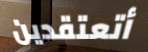
أتعتقدين